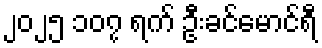
၂၀၂၅ ၁၀၇ ရက် ဦးခင်မောင်ရီ